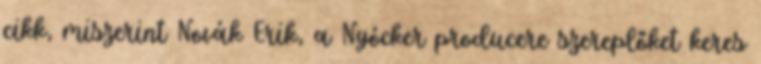
cikk, miszerint Novák Erik, a Nyócker producere szereplőket keres